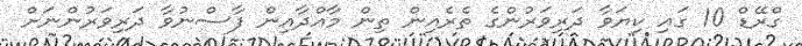
ގްރޭޑް 10 ގައި ކިޔަވާ ދަރިވަރުންގެ ތެރެއިން ތިން މާއްދާއިން ފާސްނުވާ ދަރިވަރުންނަށް